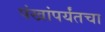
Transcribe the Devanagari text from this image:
पंखांपर्यंतचा